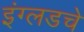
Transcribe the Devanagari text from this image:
इंग्लडचे